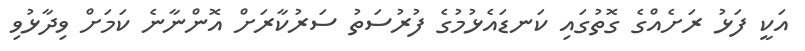
އަކީ ފަޅު ރަށެއްގެ ގޮތުގައި ކަނޑައެޅުމުގެ ފުރުސަތު ސަރުކާރަށް އޮންނާނެ ކަމަށް ވިދާޅުވި